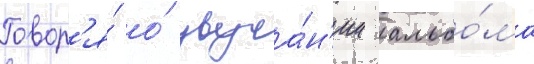
Говор'я́ о́ звуча́н'ии альбо́ма